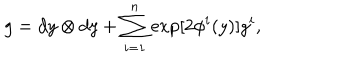
LaTeX: g = d y \otimes d y + \sum _ { i = 1 } ^ { n } \exp [ 2 { \phi ^ { i } } ( y ) ] g ^ { i } ,